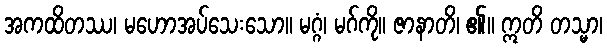
အကထိတဿ၊ မဟောအပ်သေးသော။ မဂ္ဂံ၊ မဂ်ကို။ ဇာနာတိ၊ ၏။ ဣတိ တသ္မာ၊